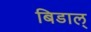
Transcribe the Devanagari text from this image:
बिडाल्